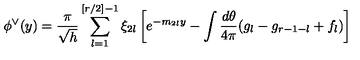
\phi ^ { \vee } ( y ) = \frac { \pi } { \sqrt { h } } \sum _ { l = 1 } ^ { [ r / 2 ] - 1 } \xi _ { 2 l } \left[ e ^ { - m _ { 2 l } y } - \int \frac { d \theta } { 4 \pi } ( g _ { l } - g _ { r - 1 - l } + f _ { l } ) \right]